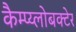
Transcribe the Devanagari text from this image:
कैम्प्य्लोबक्टेर